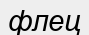
флец